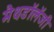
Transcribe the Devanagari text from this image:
मैथडॉलॅजी